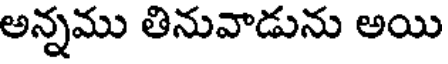
అన్నము తినువాడును అయి